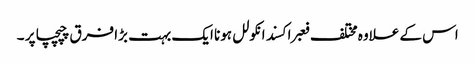
اس کے علاوہ مختلف فعبراکسند انکولل ہونا ایک بہت بڑا فرق چپچپا پر ۔